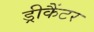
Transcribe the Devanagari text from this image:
ड्रीकैंटर